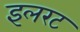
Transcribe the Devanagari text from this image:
इलरट